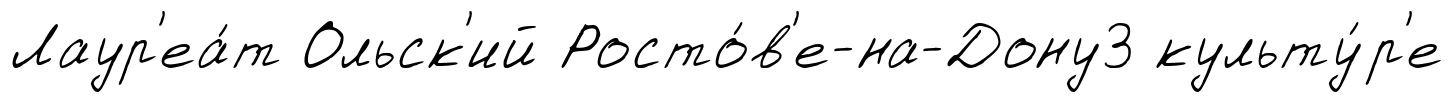
Лаур'еа́т Ольск'ий Росто́в'е-на-Дону3 культу́р'е